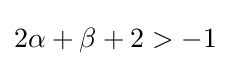
2\alpha +\beta +2>-1